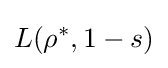
L(\rho ^{*},1-s)